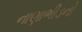
નાણાભીડનો